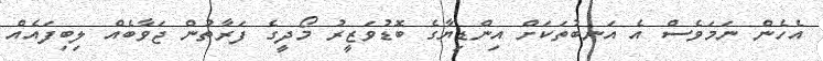
އެހެން ނަމަވެސް އެ އަނބުތަކަށް އިންޑިޔާގެ ބޮޑުވަޒީރު މޯދީގެ ފަރާތުން ޖަވާބެއް ލިބިފައެއް